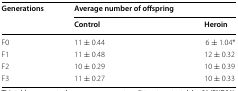
<table><thead><tr><td rowspan="2"><b>Generations</b></td><td colspan="2"><b>Average number of offspring</b></td></tr><tr><td><b>Control</b></td><td><b>Heroin</b></td></tr></thead><tbody><tr><td>F0</td><td>11 ± 0.44</td><td>6 ± 1.04*</td></tr><tr><td>F1</td><td>11 ± 0.48</td><td>12 ± 0.32</td></tr><tr><td>F2</td><td>10 ± 0.29</td><td>10 ± 0.39</td></tr><tr><td>F3</td><td>11 ± 0.27</td><td>10 ± 0.33</td></tr></tbody></table>